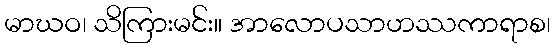
မာဃဝ၊ သိကြားမင်း။ အာလောပသာဟဿကာရာစ၊